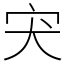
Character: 宊